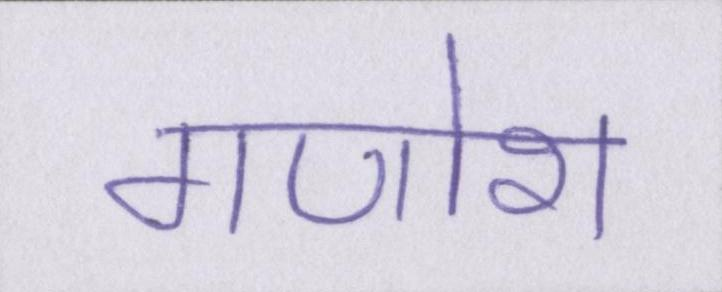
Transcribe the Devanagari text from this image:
गणोश